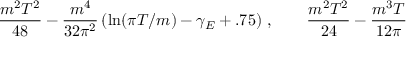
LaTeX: \frac { m ^ { 2 } T ^ { 2 } } { 4 8 } - \frac { m ^ { 4 } } { 3 2 \pi ^ { 2 } } \left( \ln ( \pi T / m ) - \gamma _ { E } + . 7 5 \right) \, , \qquad \frac { m ^ { 2 } T ^ { 2 } } { 2 4 } - \frac { m ^ { 3 } T } { 1 2 \pi }